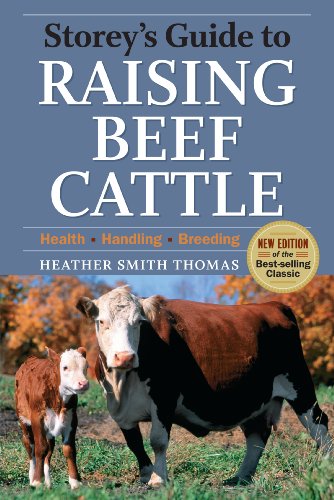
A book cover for Storey's Guide to Raising Beef Cattle, 3rd Edition; Heather Smith Thomas; Medical Books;